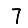
Digit: 7